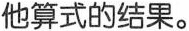
他算式的结果。